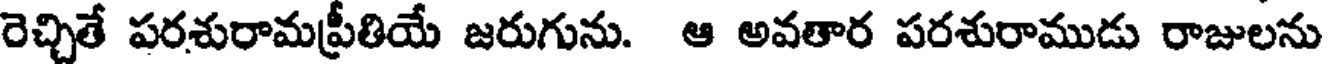
రెచ్చితే పరశురామప్రీతియే జరుగును. ఆ అవతార పరశురాముడు రాజులను